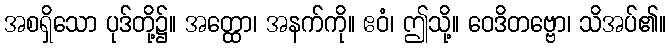
အစရှိသော ပုဒ်တို့၌။ အတ္ထော၊ အနက်ကို။ ဧဝံ၊ ဤသို့။ ဝေဒိတဗ္ဗော၊ သိအပ်၏။